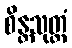
စိန္တသုတ္တံ